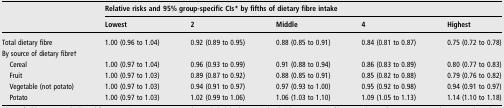
<table><thead><tr><td></td><td colspan="5"><b>Relative risks and 95% group-specific CIs* by fifths of dietary fibre intake</b></td></tr><tr><td></td><td><b>Lowest</b></td><td><b>2</b></td><td><b>Middle</b></td><td><b>4</b></td><td><b>Highest</b></td></tr></thead><tbody><tr><td>Total dietary fibre</td><td>1.00 (0.96 to 1.04)</td><td>0.92 (0.89 to 0.95)</td><td>0.88 (0.85 to 0.91)</td><td>0.84 (0.81 to 0.87)</td><td>0.75 (0.72 to 0.78)</td></tr><tr><td colspan="6">By source of dietary fibre†</td></tr><tr><td> Cereal</td><td>1.00 (0.97 to 1.04)</td><td>0.96 (0.93 to 0.99)</td><td>0.91 (0.88 to 0.94)</td><td>0.86 (0.83 to 0.89)</td><td>0.80 (0.77 to 0.83)</td></tr><tr><td> Fruit</td><td>1.00 (0.97 to 1.03)</td><td>0.89 (0.87 to 0.92)</td><td>0.88 (0.85 to 0.91)</td><td>0.85 (0.82 to 0.88)</td><td>0.79 (0.76 to 0.82)</td></tr><tr><td> Vegetable (not potato)</td><td>1.00 (0.97 to 1.03)</td><td>0.94 (0.91 to 0.97)</td><td>0.97 (0.93 to 1.00)</td><td>0.95 (0.92 to 0.98)</td><td>0.94 (0.91 to 0.97)</td></tr><tr><td> Potato</td><td>1.00 (0.97 to 1.03)</td><td>1.02 (0.99 to 1.06)</td><td>1.06 (1.03 to 1.10)</td><td>1.09 (1.05 to 1.13)</td><td>1.14 (1.10 to 1.18)</td></tr></tbody></table>